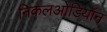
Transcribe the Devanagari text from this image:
निकलओडियॉन